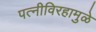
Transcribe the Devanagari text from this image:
पत्‍नीविरहामुळे